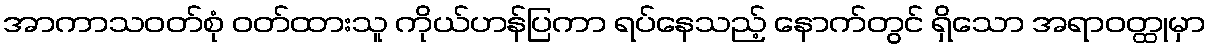
အာကာသဝတ်စုံ ဝတ်ထားသူ ကိုယ်ဟန်ပြကာ ရပ်နေသည့် နောက်တွင် ရှိသော အရာဝတ္ထုမှာ